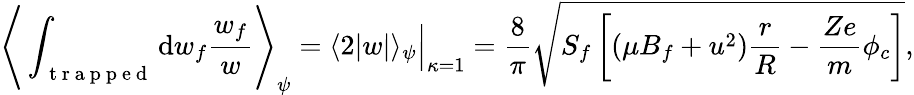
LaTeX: \Bigg\langle\int_{\mathrm{~t~r~a~p~p~e~d~}}\mathrm{d}w_{f}\frac{w_{f}}{w}\Bigg\rangle_{\psi}=\langle 2|w|\rangle_{\psi}\Big\rvert_{\kappa=1}=\frac{8}{\pi}\sqrt{S_{f}\left[(\mu B_{f}+u^{2})\frac{r}{R}-\frac{Ze}{m}\phi_{c}\right]},